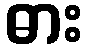
ဓား